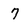
Character: 7